Report of the Indian Hemp Drugs Commission, 1894-1895 - Volume IV
Year: 1894
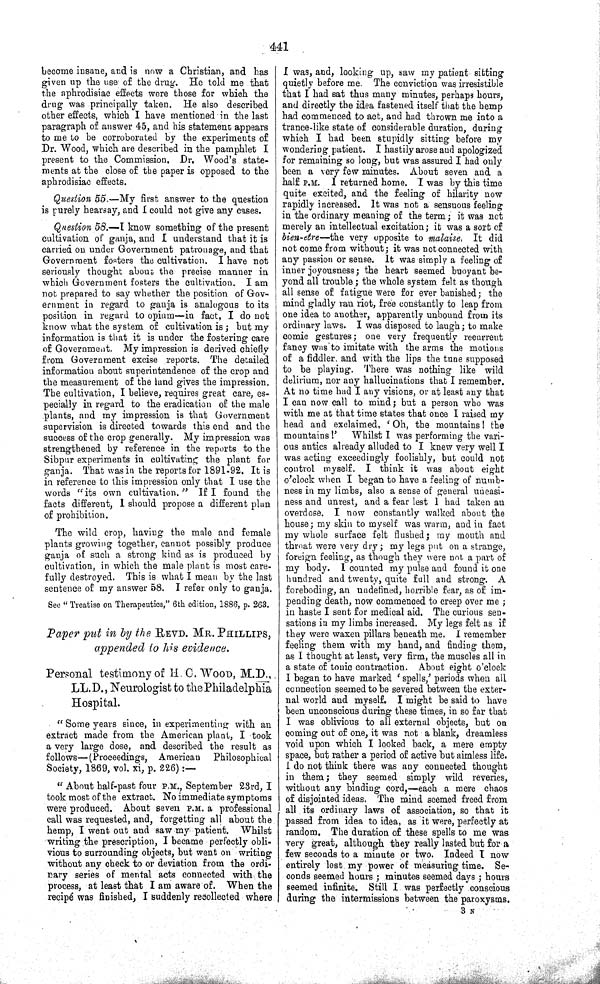
441
become insane, and is now a Christian, and has
given up the use of the drug. He told me that
the aphrodisiac effects were those for which the
drug was principally taken. He also described
other effects, which I have mentioned in the last
paragraph of answer 45, and his statement appears
to me to be corroborated by the experiments of
Dr. Wood, which are described in the pamphlet I
present to the Commission. Dr. Wood's state-
ments at the close of the paper is opposed to the
aphrodisiac effects.
Question 55.—My first answer to the question
is purely hearsay, and I could not give any cases.
Question 58.—I know something of the present
cultivation of ganja, and I understand that it is
carried on under Government patronage, and that
Government fosters the cultivation. I have not
seriously thought about the precise manner in
which Government fosters the cultivation. I am
not prepared to say whether the position of Gov-
ernment in regard to ganja is analogous to its
position in regard to opium—in fact, I do not
know what the system of cultivation is; but my
information is that it is under the fostering care
of Government. My impression is derived chiefly
from Government excise reports. The detailed
information about superintendence of the crop and
the measurement of the land gives the impression.
The cultivation, I believe, requires great care, es-
pecially in regard to the eradication of the male
plants, and my impression is that Government
supervision is directed towards this end and the
success of the crop generally. My impression was
strengthened by reference in the reports to the
Sibpur experiments in cultivating the plant for
ganja. That was in the reports for 1891-92. It is
in reference to this impression only that I use the
words "its own cultivation." If I found the
facts different, I should propose a different plan
of prohibition.
The wild crop, having the male and female
plants growing together, cannot possibly produce
ganja of such a strong kind as is produced by
cultivation, in which the male plant is most care-
fully destroyed. This is what I mean by the last
sentence of my answer 58. I refer only to ganja.
See "Treatise on Therapeutics," 6th edition, 1886, p. 263.
Paper put in by the REVD. MR. PHILLIPS,
appended to his evidence.
Personal testimony of H. C.WOOD, M.D.,
LL.D., Neurologist to the Philadelphia
Hospital.
"Some years since, in experimenting with an
extract made from the American plant, I took
a very large dose, and described the result as
follows—(Proceedings, American
Philosophical
Society, 1869, vol. xi, p. 226):—
"About half-past four P.M., September 23rd, I
took most of the extract. No immediate symptoms
were produced. About seven P.M. a professional
call was requested, and, forgetting all about the
hemp, I went out and saw my patient.
Whilst
writing the prescription, I became perfectly obli-
vious to surrounding objects, but went on writing
without any check to or deviation from the ordi-
nary series of mental acts connected with the
process, at least that I am aware of. When the
recipé was finished, I suddenly recollected where
I was, and, looking up, saw my patient sitting
quietly before me. The conviction was irresistible
that I had sat thus many minutes, perhaps hours,
and directly the idea fastened itself that the hemp
had commenced to act, and had thrown me into a
trance-like state of considerable duration, during
which I had been stupidly sitting before my
wondering patient. I hastily arose and apologized
for remaining so long, but was assured I had only
been a very few minutes. About seven and a
half P.M. I returned home. I was by this time
quite excited, and the feeling of hilarity now
rapidly increased. It was not a sensuous feeling
in the ordinary meaning of the term; it was not
merely an intellectual excitation; it was a sort of
bien-etre—the
very opposite to malaise, It did
not come from without; it was not connected with
any passion or sense. It was simply a feeling of
inner joyousness; the heart seemed buoyant be-
yond all trouble; the whole system felt as though
all sense of fatigue were for ever banished; the
mind gladly ran riot, free constantly to leap from
one idea to another, apparently unbound from its
ordinary laws. I was disposed to laugh; to make
comic gestures; one very frequently recurrent
fancy was to imitate with the arms the motions
of a fiddler and with the lips the tune supposed
to be playing. There was nothing like wild
delirium, nor any hallucinations that I remember.
At no time had I any visions, or at least any that
I can now call to mind; but a person who was
with me at that time states that once I raised my
head and exclaimed, 'Oh, the mountains I the
mountains!'
Whilst I was performing the vari-
ous antics already alluded to I knew very well I
was acting exceedingly foolishly, but could not
control myself. I think it was about eight
o'clock when I began to have a feeling of numb-
ness in my limbs, also a sense of general uneasi-
ness and unrest, and a fear lest I had taken an
overdose. I now constantly walked about the
house; my skin to myself was warm, and in fact
my whole surface felt flushed; my mouth and
throat were very dry; my legs put on a strange,
foreign feeling, as though they were not a part of
my body. I counted my pulse and found it one
hundred and twenty, quite full and strong. A
foreboding, an undefined, horrible fear, as of im-
pending death, now commenced to creep over me;
in haste I sent for medical aid. The curious sen-
sations in my limbs increased. My legs felt as if
they were waxen pillars beneath me. I remember
feeling them with my hand, and finding them,
as I thought at least, very firm, the muscles all in
a state of tonic contraction. About eight o'clock
I began to have marked 'spells,' periods when all
connection seemed to be severed between the exter-
nal world and myself. I might be said to have
been unconscious during these times, in so far that
I was oblivious to all external objects, but on
coming out of one, it was not a blank, dreamless
void upon which I looked back, a mere empty
space, but rather a period of active but aimless life.
I do not think there was any connected thought
in them; they seemed simply wild reveries,
without any binding cord,—each a mere chaos
of disjointed ideas. The mind seemed freed from
all its ordinary laws of association, so that it
passed from idea to idea, as it were, perfectly at
random. The duration of these spells to me was
very great, although they really lasted but for a
few seconds to a minute or two. Indeed I now
entirely lost my power of measuring time. Se-
conds seemed hours; minutes seemed days; hours
seemed infinite. Still I was perfectly conscious
during the intermissions between the paroxysms.
3 N